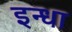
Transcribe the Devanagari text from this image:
इन्धा